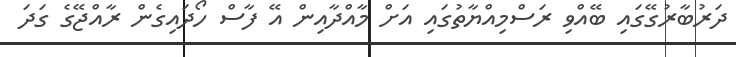
ދަރުބާރުގޭގައި ބޭއްވި ރަސްމިއްޔާތުގައި އަށް މާއްދާއިން އޭ ފާސް ހޯދައިގެން ރާއްޖޭގެ ގަދަ